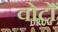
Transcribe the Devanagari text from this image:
वोटोँ